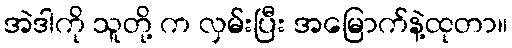
အဲဒါကို သူတို့ က လှမ်းပြီး အမြောက်နဲ့ထုတာ။